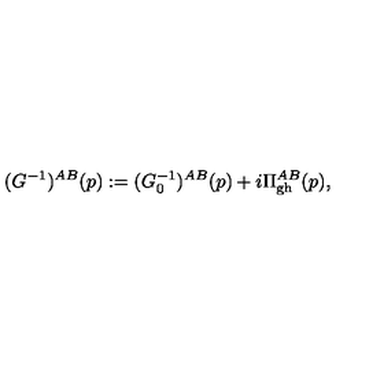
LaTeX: ( G ^ { - 1 } ) ^ { A B } ( p ) : = ( G _ { 0 } ^ { - 1 } ) ^ { A B } ( p ) + i \Pi _ { \mathrm { g h } } ^ { A B } ( p ) ,